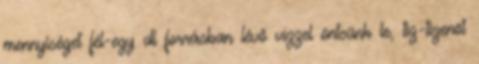
mennyiséget fél-egy dl forrásban lévő vízzel öntsünk le, tíz-tizenöt